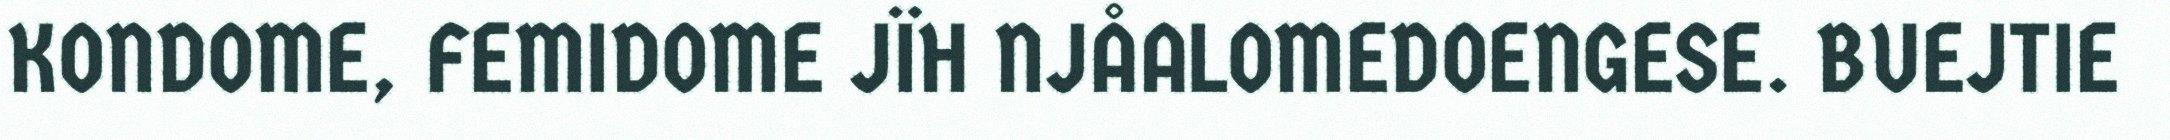
KONDOME, FEMIDOME JÏH NJÅALOMEDOENGESE. BUEJTIE